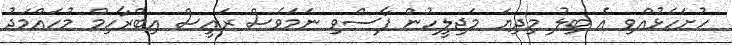
ހުށަހެޅުއްވި އެ ބިލު މިދިޔަ މަޖިލީހުން ފާސްވި ނަމަވެސް ރައީސް އިބްރާހިމް މުހައްމަދު